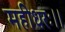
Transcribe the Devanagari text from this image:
महीधरः।।